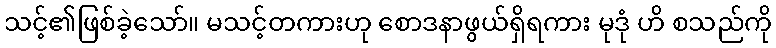
သင့်၏ဖြစ်ခဲ့သော်။ မသင့်တကားဟု စောဒနာဖွယ်ရှိရကား မုဒုံ ဟိ စသည်ကို